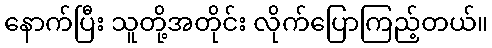
နောက်ပြီး သူတို့အတိုင်း လိုက်ပြောကြည့်တယ်။